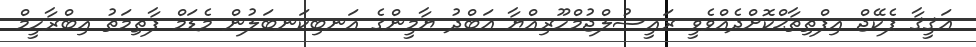
ޢަޤީޤާ ޕެކޭޖް އިފްތިތާޙްކޮށްދެއްވެވީ ރައީސުލްޖުމްހޫރިއްޔާ ޢަބްދު ޔާމީންގެ އަނބިކަނބަލުން މެޑަމް ފާޠިމަތު އިބްރާހީމް